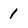
Character: 1